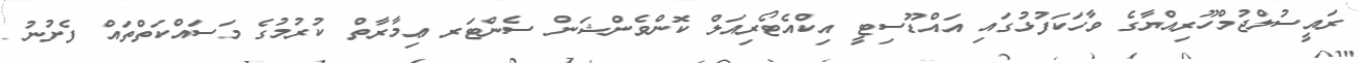
ރައީސުލްޖުމްހޫރިއްޔާގެ ވާހަކަފުޅުގައި އައްޑޫސިޓީ އިކްއެޓޯރިއަލް ކޮންވެންޝަން ސެންޓަރ ޢިމާރާތް ކުރުމުގެ މަސައްކަތްތައް ފެށުނު